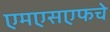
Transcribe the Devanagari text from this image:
एमएसएफचे